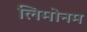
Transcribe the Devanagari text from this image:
लिमोनम